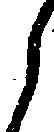
ら